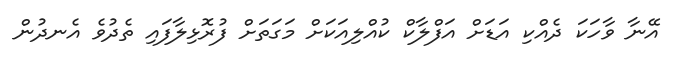
އޭނާ ވާހަކަ ދެއްކި އަޑަށް އަފްލާކް ކުއްލިއަކަށް މަގަތަށް ފުރޮޅިލާފައި ތެދުވެ އެނދުން